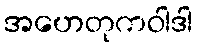
အဟေတုကဝါဒါ